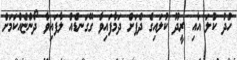
ހުދު ކުލަ އާއި ރީދޫ ކުލައިގެ ދެފަށް ދަމާފައިވާ ގޭގަނޑެއް ލާފައިވާ ދޯންޏެއްކަމަށް